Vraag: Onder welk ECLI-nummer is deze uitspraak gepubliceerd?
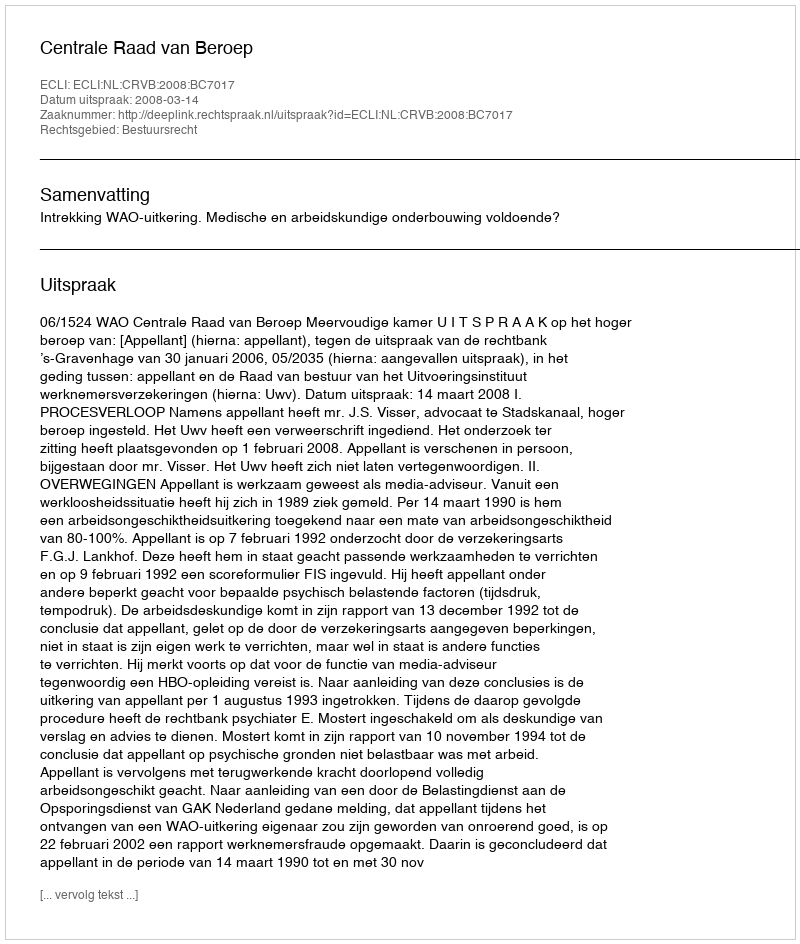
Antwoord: ECLI:NL:CRVB:2008:BC7017